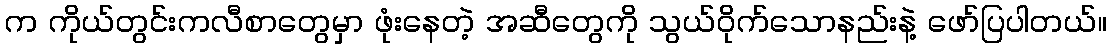
က ကိုယ်တွင်းကလီစာတွေမှာ ဖုံးနေတဲ့ အဆီတွေကို သွယ်ဝိုက်သောနည်းနဲ့ ဖော်ပြပါတယ်။